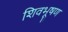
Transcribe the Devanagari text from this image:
शिवभूषण